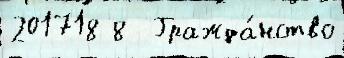
201718 8  Гражда́нство